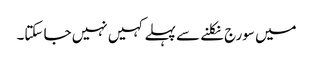
میں سورج نکلنے سے پہلے کہیں نہیں جا سکتا۔